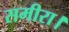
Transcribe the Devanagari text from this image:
समीरा।